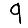
Digit: 9